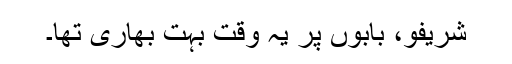
شریفو، بابوں پر یہ وقت بہت بھاری تھا۔